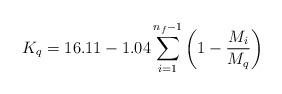
LaTeX: \begin{align*}K_q=16.11-1.04 \sum_{i=1}^{n_f-1} \left( 1- \frac{M_i}{M_q}\right)\end{align*}